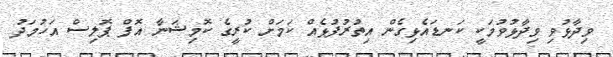
ވިދާޅުވި ވިދާޅުވުމަކީ ކަނޑައެޅިގެން އިތުރުފުޅެއް ކަމަށް ކުރީގެ ކޮމިޝަނާ އޮފް ޕޮލިސް އަހުމަދު